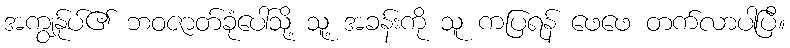
အကျွန်ုပ်၏ ဘဝဇာတ်ခုံပေါ်သို့ သူ့ အခန်းကို သူ ကပြရန် ဖေဖေ တက်လာပါပြီ။